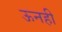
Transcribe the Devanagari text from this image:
ऊनही